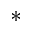
^ \ast